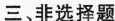
三、非选择题